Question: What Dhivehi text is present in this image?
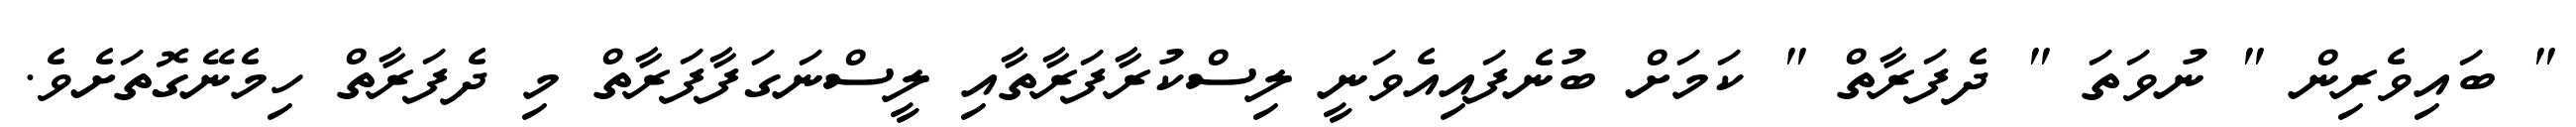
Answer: " ބައިވެރިން " ނުވަތަ " ދެފަރާތް " ކަމަށް ބުނެފައިއެވަނީ ލިސްކުރާފަރާތާއި ލީސްނަގަފާފަރާތް މި ދެފަރާތް ހިމެނޭގޮތަށެވެ.